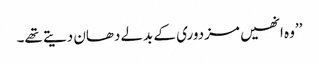
’’وہ انھیں مزدوری کے بدلے دھان دیتے تھے۔